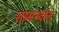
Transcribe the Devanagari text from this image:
सामर्थ्‍यान